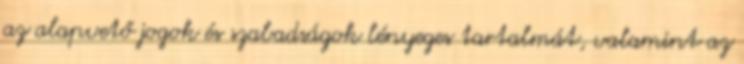
az alapvető jogok és szabadságok lényeges tartalmát, valamint az